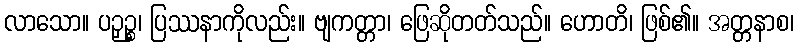
လာသော။ ပဉှဉ္စ၊ ပြဿနာကိုလည်း။ ဗျကတ္တာ၊ ဖြေဆိုတတ်သည်။ ဟောတိ၊ ဖြစ်၏။ အတ္တနာစ၊